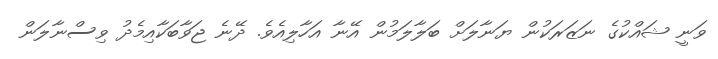
ވަނީ ޝައްކުގެ ނަޒަރަކުން ޔަނާލަށް ބަލާލަމުން އޭނާ އަހާލިއެވެ. ދޭނެ ޖަވާބަކާއިމެދު ވިސްނާލަން